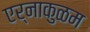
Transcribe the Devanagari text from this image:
एर्नाकुळम